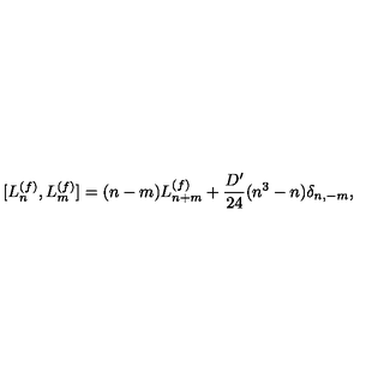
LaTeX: [ L _ { n } ^ { ( f ) } , L _ { m } ^ { ( f ) } ] = ( n - m ) L _ { n + m } ^ { ( f ) } + \frac { D ^ { \prime } } { 2 4 } ( n ^ { 3 } - n ) \delta _ { n , - m } ,